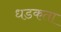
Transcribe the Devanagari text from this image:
धडकता